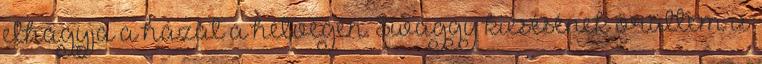
elhagyja a házat a hétvégén. Swaggy kiesésének örültem is